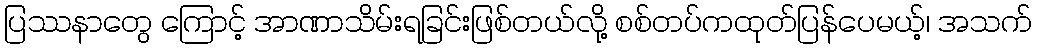
ပြဿနာတွေ ကြောင့် အာဏာသိမ်းရခြင်းဖြစ်တယ်လို့ စစ်တပ်ကထုတ်ပြန်ပေမယ့်၊ အသက်